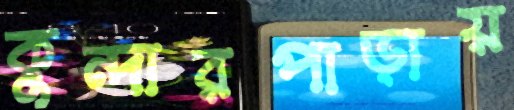
কুন্দারপাড়ায়